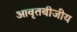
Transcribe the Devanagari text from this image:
आवृतबीजीय